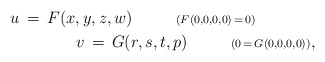
\begin{align*}u\,=\,F(x,y,z,w)\ \ \ \ \ \ \ \ {\scriptstyle{(F(0,0,0,0)\,=\,0)}}\ \ \ \ \ \ \ \ \ \ \ \\ \ \ \ \ \ \ \ \ \ \ \ v\,=\,G(r,s,t,p)\ \ \ \ \ \ \ \ {\scriptstyle{(0\,=\,G(0,0,0,0))}},\end{align*}